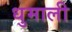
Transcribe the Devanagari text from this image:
धुमाली